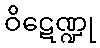
ဝိဋေဏ္ဍု